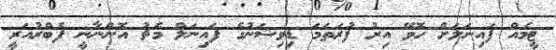
ޓީމެއް ފައިނަލަށް ހޮވޭ އިރު ފުރަތަމަ ޑިވިޝަނުގެ ފައިނަލް މެޗު އޮންނާނީ ފެބްރުއަރީ